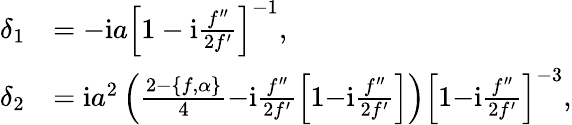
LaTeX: \begin{array}{rl}{\delta_{1}}&{=-\mathrm{i}a\Bigl[1-\mathrm{i}\frac{f^{\prime\prime}}{2f^{\prime}}\Bigr]^{-1},}\\ {\delta_{2}}&{=\mathrm{i}a^{2}\left(\frac{2{-}\{ f,\alpha\} }{4}{-}\mathrm{i}\frac{f^{\prime\prime}}{2f^{\prime}}\Bigl[1{-}\mathrm{i}\frac{f^{\prime\prime}}{2f^{\prime}}\Bigr]\right)\Bigl[1{-}\mathrm{i}\frac{f^{\prime\prime}}{2f^{\prime}}\Bigr]^{-3},}\end{array}